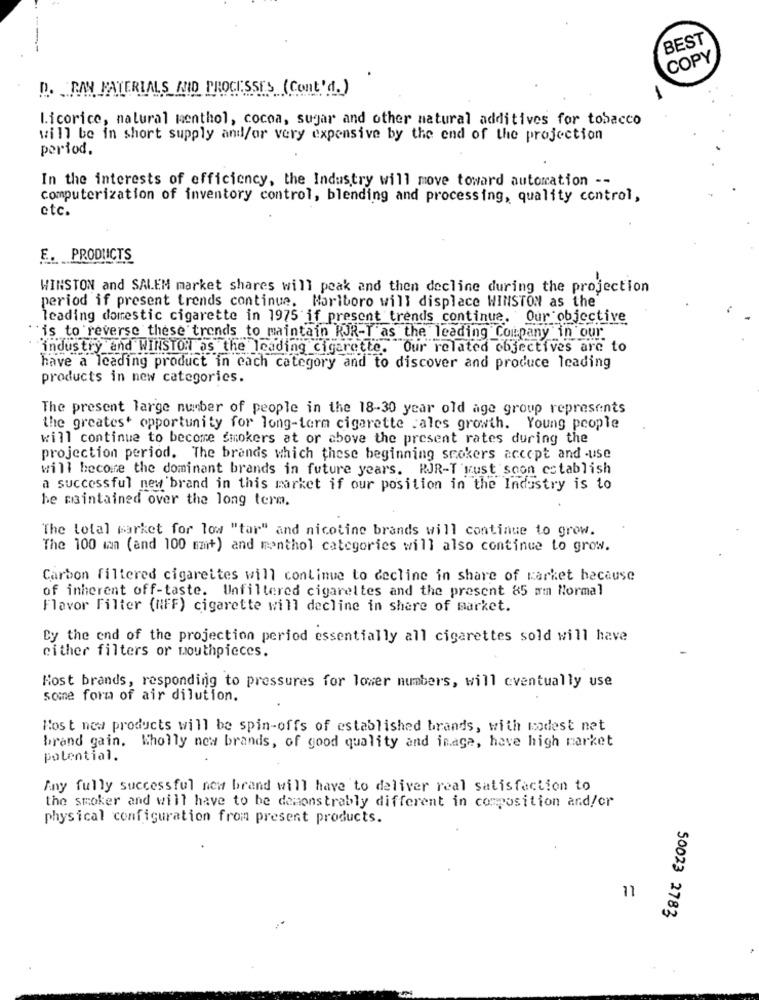
BEST
COPY
D. PAN MATERIALS AND PROCESSES (Cont'd.)
licorice, natural menthol, cocoa, sugar and other natural additives for tobacco
will be in short supply and/or very expensive by the end of the projection
period.
In the interests of efficiency, the Industry will move toward automation --
computerization of inventory control, blending and processing, quality control,
etc.
E. PRODUCTS
WINSTON and SALEM market shares will peak and then decline during the projection
period if present trends continue. Marlboro will displace WINSTON as the
leading domestic cigarette in 1975 if present trends continue. Our objective
'is to reverse these trends to maintain RJR-I as the leading Company in our
industry and WINSTON as the leading cigarette. Our related objectives are to
have a leading product in each category and to discover and produce leading
products in new categories.
The present large number of people in the 18-30 year old age group represents
the greatest opportunity for long-term cigarette cales growth. Young people
will continue to become smokers at or above the present rates during the
projection period. The brands which these beginning smokers accept and -use
will become the dominant brands in future years. RJR-T wust soon establish
a successful new brand in this market if our position in the Industry is to
be maintained over the long term.
The total market for low "tar" and nicotine brands will continue to grow.
The 100 wan (and 100 mait) and menthol categories will also continue to grow.
Carbon filtered cigarettes will continue to decline in share of market because
of inherent off-taste. Unfiltered cigarettes and the present 85 mm Normal
Flavor Filter (NFF) cigarette will decline in share of market.
Cy the end of the projection period essentially all cigarettes sold will have
either filters or mouthpieces.
Host brands, responding to pressures for lower numbers, will eventually use
some form of air dilution.
Kost new products will be spin-offs of established brands, with modest net
brand gain. Wholly new brands, of good quality and inage, have high market
potential.
Any fully successful new brand will have to deliver real satisfaction to
the smoker and will have to be demonstrably different in composition and/or
physical configuration from present products.
11
50023 2783